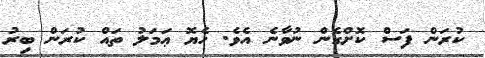
ކުރަން ފަސް ކޮށްގެން ނުވާނެ އެވެ. ހެޔޮ ޢަމަލު ތައް ކުރަން ބިރު